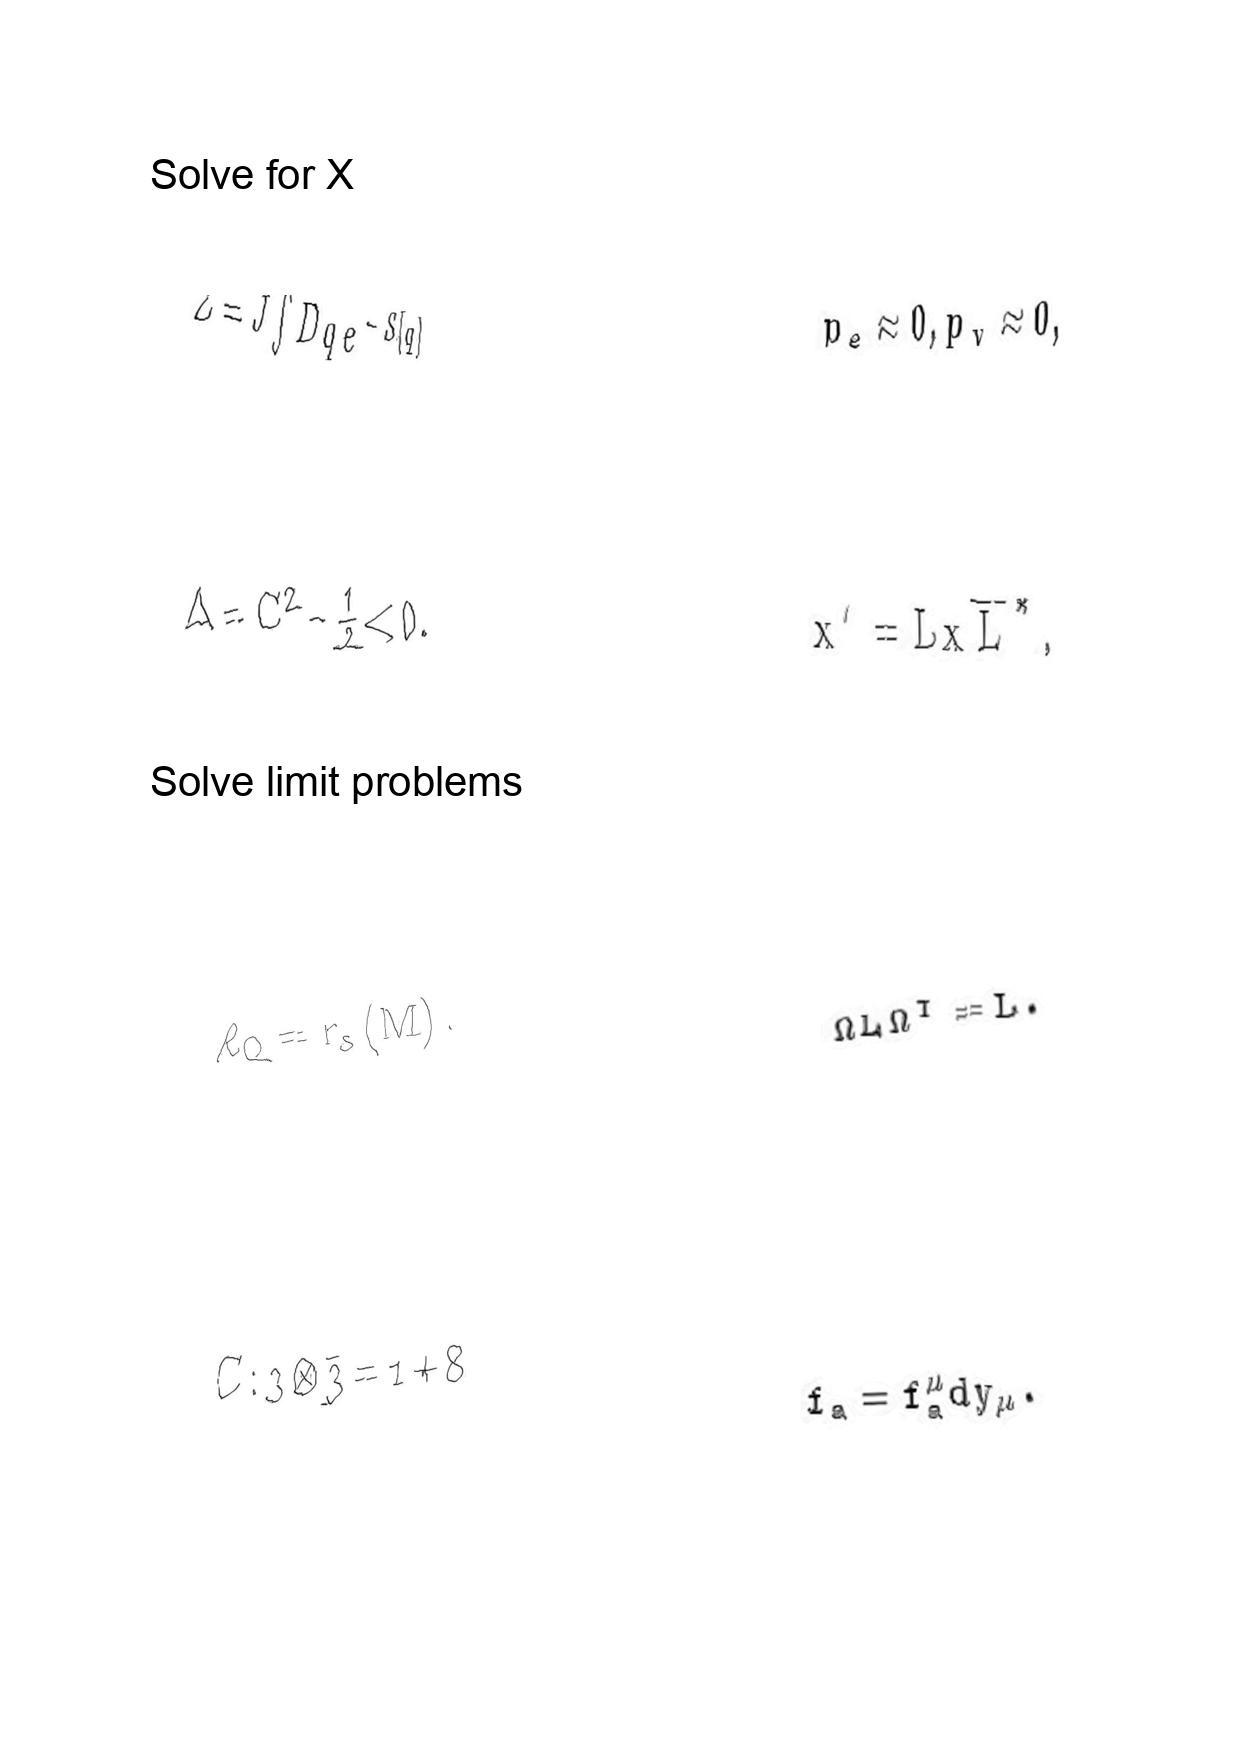
LaTeX transcription:
Z = J \int D q e ^ { - S \lbrack q \rbrack } ,
\Delta = C ^ { 2 } - \frac { 1 } { 2 } \lt 0 .
\ell _ { Q } = r _ { s } \lparen M \rparen .
C : 3 \otimes \bar { 3 } = 1 + 8
p _ { e } \approx 0 , p _ { v } \approx 0 ,
x ^ { \prime } = L x \overline { L } ^ { \ast } ,
\Omega L \Omega ^ { T } = L .
f _ { a } = f _ { a } ^ { \mu } d y _ { \mu } .